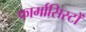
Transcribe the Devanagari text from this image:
फार्मासिस्टों